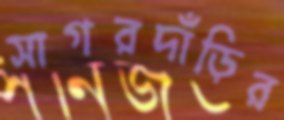
সাগরদাঁড়ির